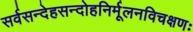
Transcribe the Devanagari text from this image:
सर्वसन्देहसन्दोहनिर्मूलनविचक्षणः